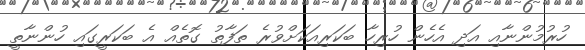
ހުރުމުންނާއި އަދި އެހެން ހުރިހާ ބަކަރިއަކަށްވުރެ ތަފާތު ގޮތެއް އެ ބަކަރީގައި ހުންނާތީ